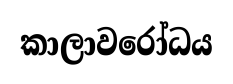
කාලාවරෝධය